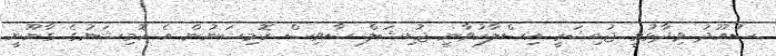
ސުއޫދު ވިދާޅުވީ ޖުޑިޝަރީ އިސްލާހުވާނީ ޖުޑިޝަލް ސާވިސް ކޮމިޝަނުން އެ ކޮމިޝަނުގެ ގާނޫނީ